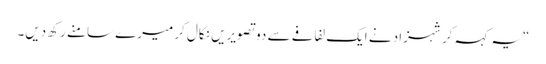
“یہ کہہ کر شہزاد نے ایک لفافے سے دو تصویریں نکال کر میرے سامنے رکھ دیں۔